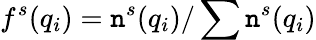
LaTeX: f^{s}(q_{i})=\mathtt{n}^{s}(q_{i})/\sum\mathtt{n}^{s}(q_{i})